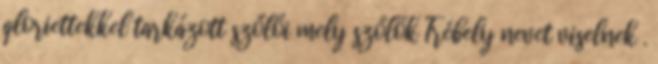
gloriettekkel tarkázott szőlői mely szőlők Trébely nevet viselnek .